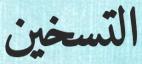
التسخين